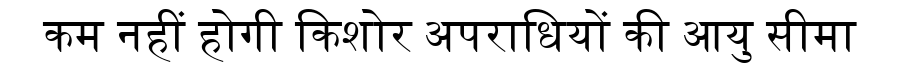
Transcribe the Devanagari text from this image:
कम नहीं होगी किशोर अपराधियों की आयु सीमा